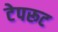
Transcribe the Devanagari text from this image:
टेपरूट